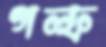
গল্ফ